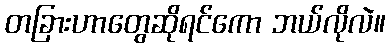
တခြားဟာတွေဆိုရင်ကော ဘယ်လိုလဲ။